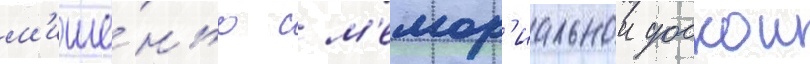
м'ише́нью с м'емор'иальнои доскои